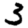
Digit: 3